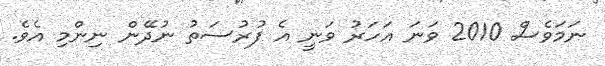
ނަމަވެސް 2010 ވަނަ އަހަރު ވަނީ އެ ފުރުސަތު ނުދޭން ނިންމި އެވެ.